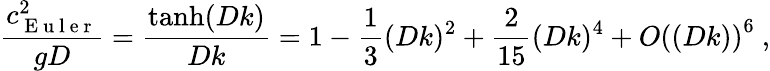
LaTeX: \frac{c_{\mathrm{~E~u~l~e~r~}}^{2}}{gD}=\frac{\operatorname{tanh}(Dk)}{Dk}=1-\frac{1}{3}(Dk)^{2}+\frac{2}{15}(Dk)^{4}+O\left((Dk)\right)^{6}\ ,